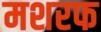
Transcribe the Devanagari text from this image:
मशरफ